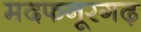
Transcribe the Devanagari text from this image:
मदफनूरगढ़